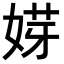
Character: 𡝿